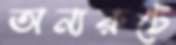
অন্যরুটে